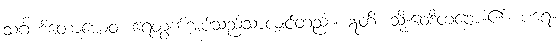
သင်္ဂဟိတောယေဝ၊ ရေတွက်အပ်သည်သာလျှင်တည်း။ ဣတိ၊ သို့။ဝေဒိတဗ္ဗော။၏။ ပရေ။